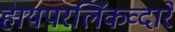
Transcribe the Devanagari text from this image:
हायपरलिंकव्दारे